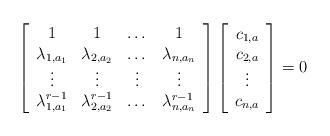
LaTeX: \begin{align*}\left[ \begin{array}{cccc} 1 & 1 & \dots & 1\\\lambda_{1,a_1} & \lambda_{2,a_2} & \dots & \lambda_{n,a_n}\\\vdots & \vdots & \vdots & \vdots\\\lambda_{1,a_1}^{r-1} & \lambda_{2,a_2}^{r-1} & \dots & \lambda_{n,a_n}^{r-1} \end{array} \right]\left[ \begin{array}{c} c_{1,a}\\c_{2,a}\\\vdots \\c_{n,a}\\ \end{array} \right]=0\end{align*}